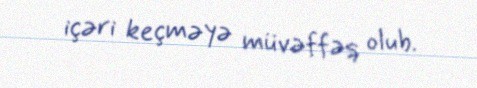
içəri keçməyə müvəffəq olub.